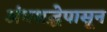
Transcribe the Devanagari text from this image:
अंधश्रद्धेपासून